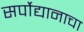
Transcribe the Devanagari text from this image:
सर्पोद्यानाचा